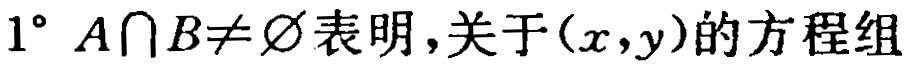
$1^{\circ}\ A\cap B\neq\varnothing 表明，关于(x,y)的方程组$